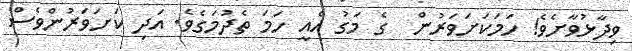
ވިދާޅުވާށެވެ! ހަމަކަށަވަރުން  ގެ މަގު އެއީ ހަމަ ތެދުމަގެވެ. އަދި ކަށަވަރުންވެސް